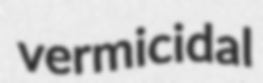
vermicidal